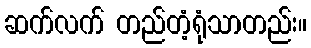
ဆက်လက် တည်တံ့ရုံသာတည်း။